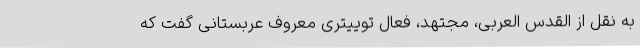
به نقل از القدس العربی، مجتهد، فعال توییتری معروف عربستانی گفت که